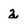
Character: a